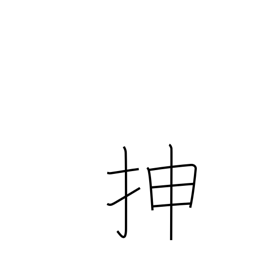
Meaning: extend